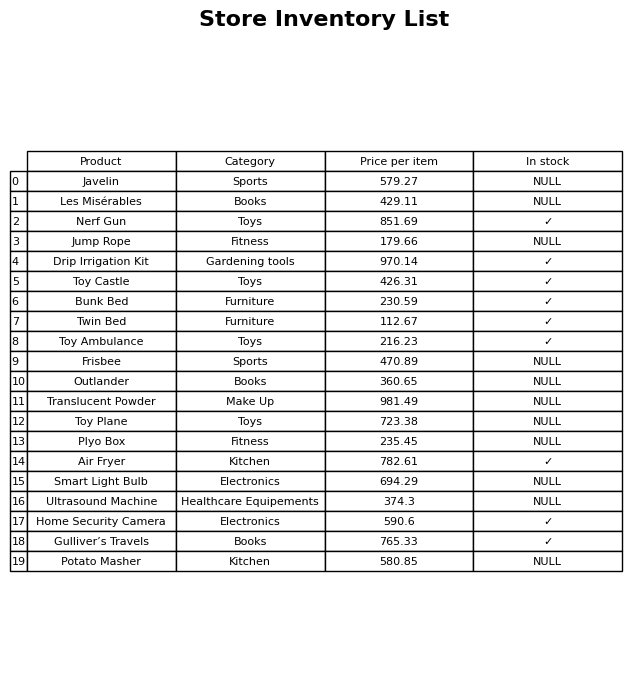
question: What is the price of the Ultrasound Machine?
answer: The price of Ultrasound Machine is 374.3.